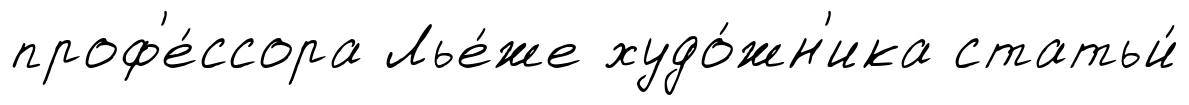
проф'е́ссора Лье́же худо́жн'ика статьи́